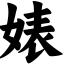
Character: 婊